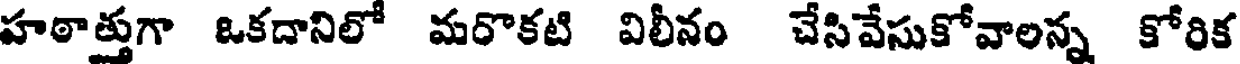
హఠాత్తుగా ఒకదానిలో మరొకటి విలీనం చేసివేసుకోవాలన్న కోరిక